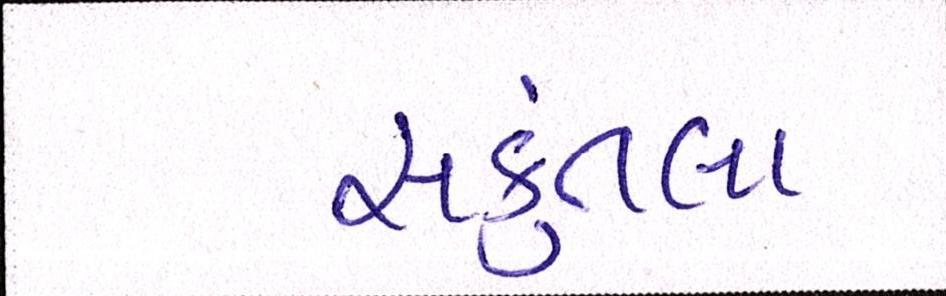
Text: સકુંતલા